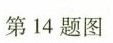
第14题图